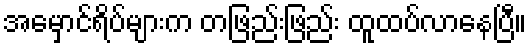
အမှောင်ရိပ်များက တဖြည်းဖြည်း ထူထပ်လာနေပြီ။